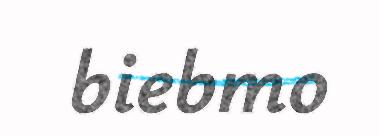
biebmo